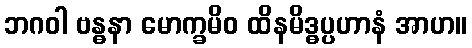
ဘဂဝါ ဗန္ဓနာ မောက္ခမိဝ ထိနမိဒ္ဓပ္ပဟာနံ အာဟ။